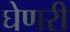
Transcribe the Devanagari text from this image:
घेणरी